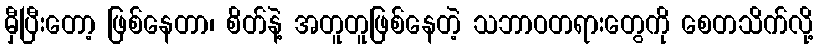
မှီပြီးတော့ ဖြစ်နေတာ၊ စိတ်နဲ့ အတူတူဖြစ်နေတဲ့ သဘာဝတရားတွေကို စေတသိက်လို့